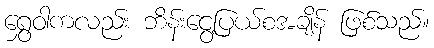
ရွှေဝါကလည်း ဘိန်းငွေ့ပြယ်စအချိန် ဖြစ်သည်။